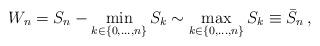
LaTeX: \begin{align*}W_n=S_n-\min_{k\in\{0,\ldots, n\}}S_k\sim \max_{k\in\{0,\ldots, n\}}S_k\equiv \bar{S}_n\,,\end{align*}